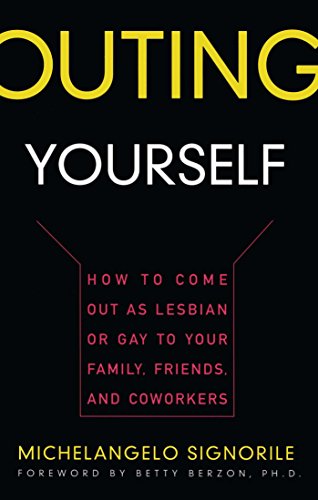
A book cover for Outing Yourself: How to Come Out as Lesbian or Gay to Your Family, Friends, and Coworkers; Michelangelo Signorile; Gay & Lesbian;